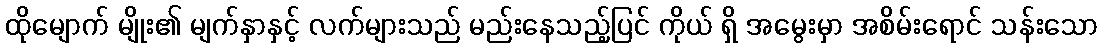
ထိုမျောက် မျိုး၏ မျက်နှာနှင့် လက်များသည် မည်းနေသည့်ပြင် ကိုယ် ရှိ အမွေးမှာ အစိမ်းရောင် သန်းသော